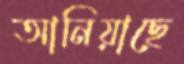
আনিয়াছে